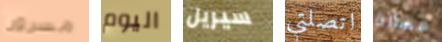
مسرورا اليوم سيريل اتصلتي مسألة